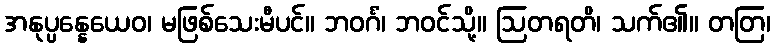
အနုပ္ပန္နေယေဝ၊ မဖြစ်သေးမီပင်။ ဘဝင်္ဂံ၊ ဘဝင်သို့။ ဩတရတိ၊ သက်၏။ တတြ၊